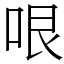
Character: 哏